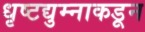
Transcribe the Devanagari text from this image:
धृष्टद्युम्नाकडून